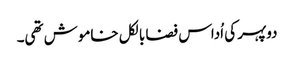
دوپہر کی اُداس فضا بالکل خاموش تھی۔